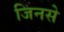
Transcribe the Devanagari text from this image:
जिनसे